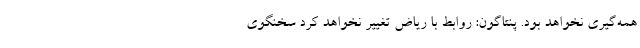
همه‌گیری نخواهد بود. پنتاگون: روابط با ریاض تغییر نخواهد کرد سخنگوی